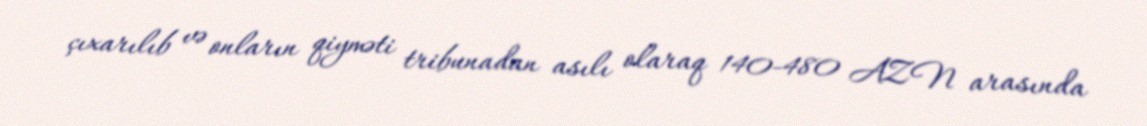
çıxarılıb və onların qiyməti tribunadan asılı olaraq 140-480 AZN arasında